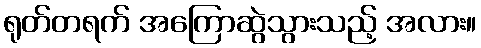
ရုတ်တရက် အကြောဆွဲသွားသည့် အလား။